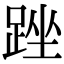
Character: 䟶